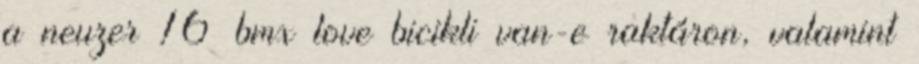
a neuzer 16 bmx love bicikli van-e raktáron, valamint